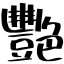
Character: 艷